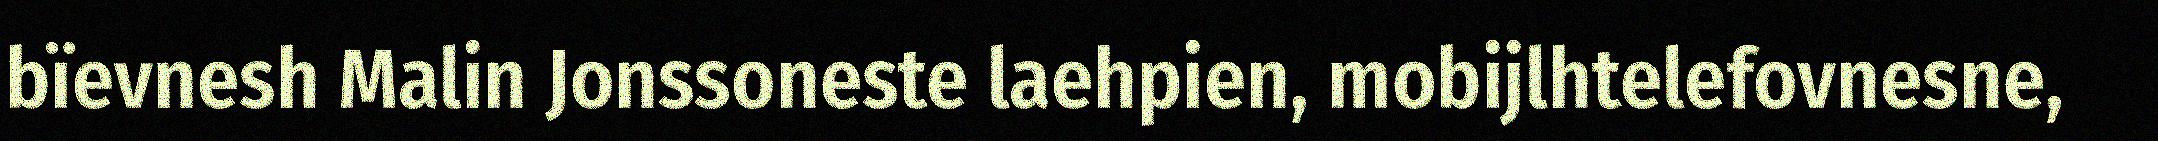
bïevnesh Malin Jonssoneste laehpien, mobijlhtelefovnesne,